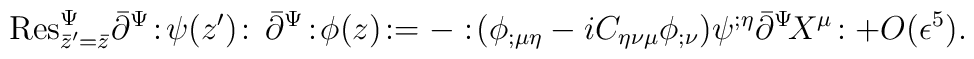
{\rm Res}_{\bar{z}^{\prime}=\bar{z}}^{\Psi}\bar{\partial}^{\Psi}\!:\!\psi(z^{\prime})\! :\,\bar{\partial}^{\Psi}\!:\!\phi(z)\! :=-:\!(\phi_{;\mu\eta}-iC_{\eta\nu\mu}\phi_{;\nu})\psi^{;\eta}\bar{\partial}^{\Psi}\! X^{\mu}\!:+O(\epsilon^5) .